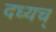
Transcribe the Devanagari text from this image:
दध्यच्